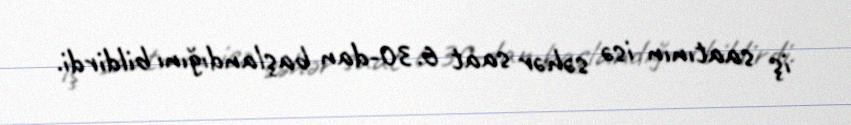
iş saatının isə səhər saat 6.30-dan başlandığını bildirdi.